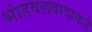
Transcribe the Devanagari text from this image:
भांडवलवादाकडे